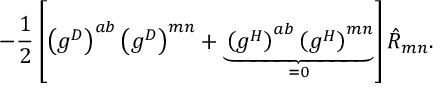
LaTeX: - \frac { 1 } { 2 } \left[ \left( g ^ { D } \right) ^ { a b } \left( g ^ { D } \right) ^ { m n } + \underbrace { \left( g ^ { H } \right) ^ { a b } \left( g ^ { H } \right) ^ { m n } } _ { = 0 } \right] \hat { R } _ { m n } .